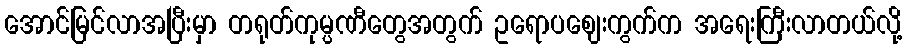
အောင်မြင်လာအပြီးမှာ တရုတ်ကုမ္ပဏီတွေအတွက် ဥရောပဈေးကွက်က အရေးကြီးလာတယ်လို့